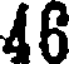
46